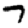
Digit: 7